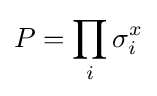
P=\prod _{i}\sigma _{i}^{x}